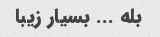
بله ... بسیار زیبا